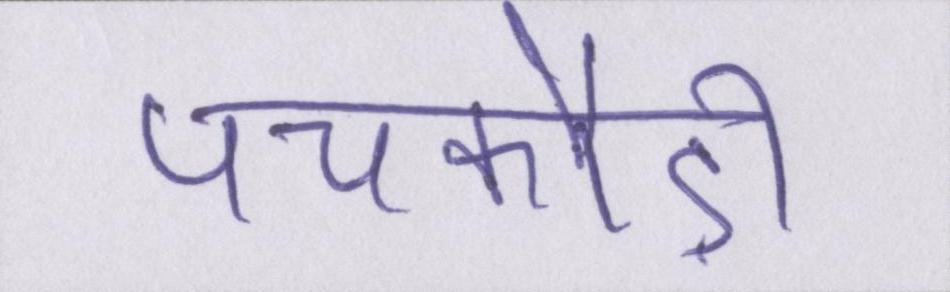
पचकौड़ी